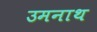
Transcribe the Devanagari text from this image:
उमनाथ